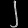
Digit: ၂